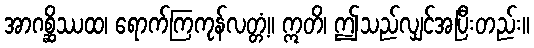
အာဂစ္ဆိဿထ၊ ရောက်ကြကုန်လတ္တံ့။ ဣတိ၊ ဤသည်လျှင်အပြီးတည်း။